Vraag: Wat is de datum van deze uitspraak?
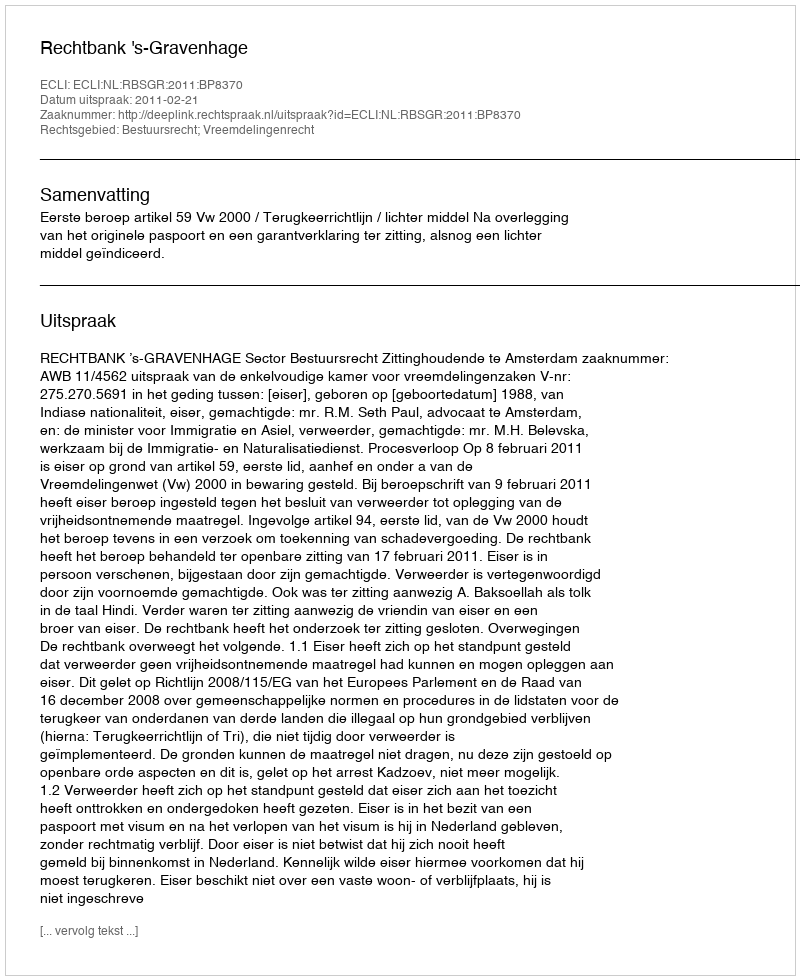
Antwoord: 2011-02-21